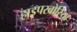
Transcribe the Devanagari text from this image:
हाइपरबोरिया